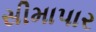
સીમાપાર